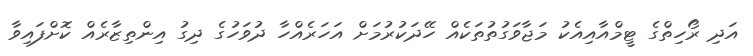
އަދި ރޯހިތްގެ ޓީމްއާއިއެކު މަޖާވަގުތުތަކެއް ހޭދަކުރުމަށް އަހަރެއްހާ ދުވަހުގެ ދިގު އިންތިޒާރެއް ކޮށްފައިވާ